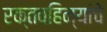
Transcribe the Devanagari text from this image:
रक्तवहिन्यांचे